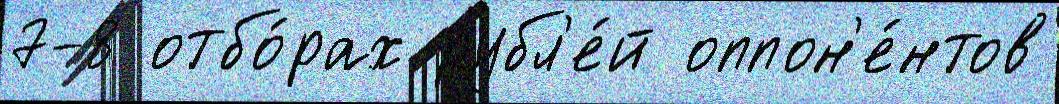
7-8 отбо́рах рубл'е́й оппон'е́нтов